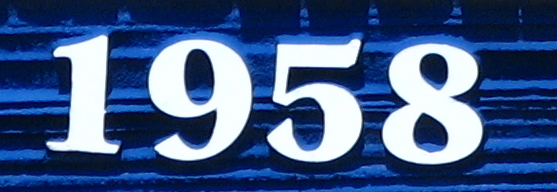
1958